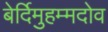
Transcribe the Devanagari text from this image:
बेर्दिमुहम्मदोव